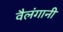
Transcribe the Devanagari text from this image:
वैलंगानी